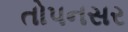
તોપનસર